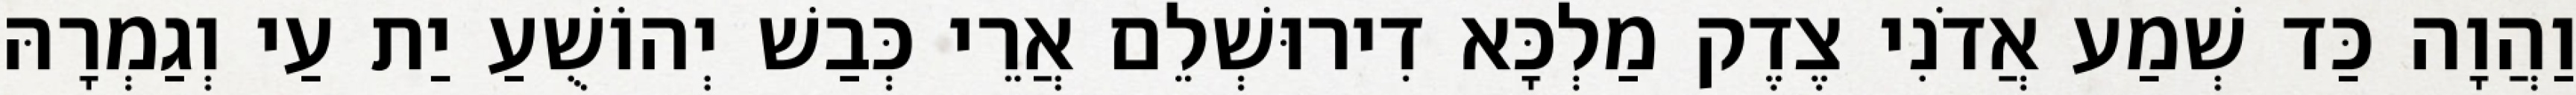
וַהֲוָה כַּד שְׁמַע אֲדֹנִי צֶדֶק מַלְכָּא דִירוּשְׁלֵם אֲרֵי כְּבַשׁ יְהוֹשֻׁעַ יַת עַי וְגַמְרָהּ